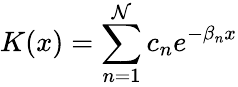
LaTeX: K(x)=\sum_{n=1}^{\mathcal{N}}c_{n}e^{-\beta_{n}x}